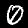
Digit: 0